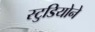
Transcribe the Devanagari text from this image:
स्टुडियोने